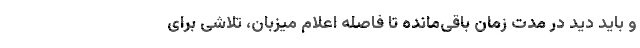
و باید دید در مدت زمان باقی‌مانده تا فاصله اعلام میزبان، تلاشی برای